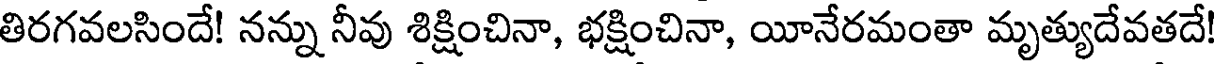
తిరగవలసిందే! నన్ను నీవు శిక్షించినా, భక్షించినా, యీనేరమంతా మృత్యుదేవతదే